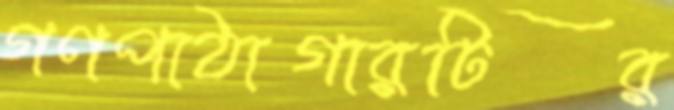
গণপাঠাগারটির